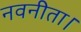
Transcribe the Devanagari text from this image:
नवनीता।